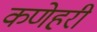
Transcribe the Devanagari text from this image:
कणेहरी